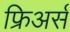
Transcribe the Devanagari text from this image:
फ्रिअर्स